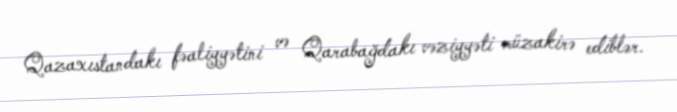
Qazaxıstandakı fəaliyyətini və Qarabağdakı vəziyyəti müzakirə ediblər.